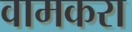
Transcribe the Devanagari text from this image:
वामकरा